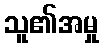
သူ၏အမှု